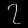
Digit: ၇